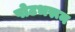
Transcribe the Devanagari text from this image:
पोटभरून